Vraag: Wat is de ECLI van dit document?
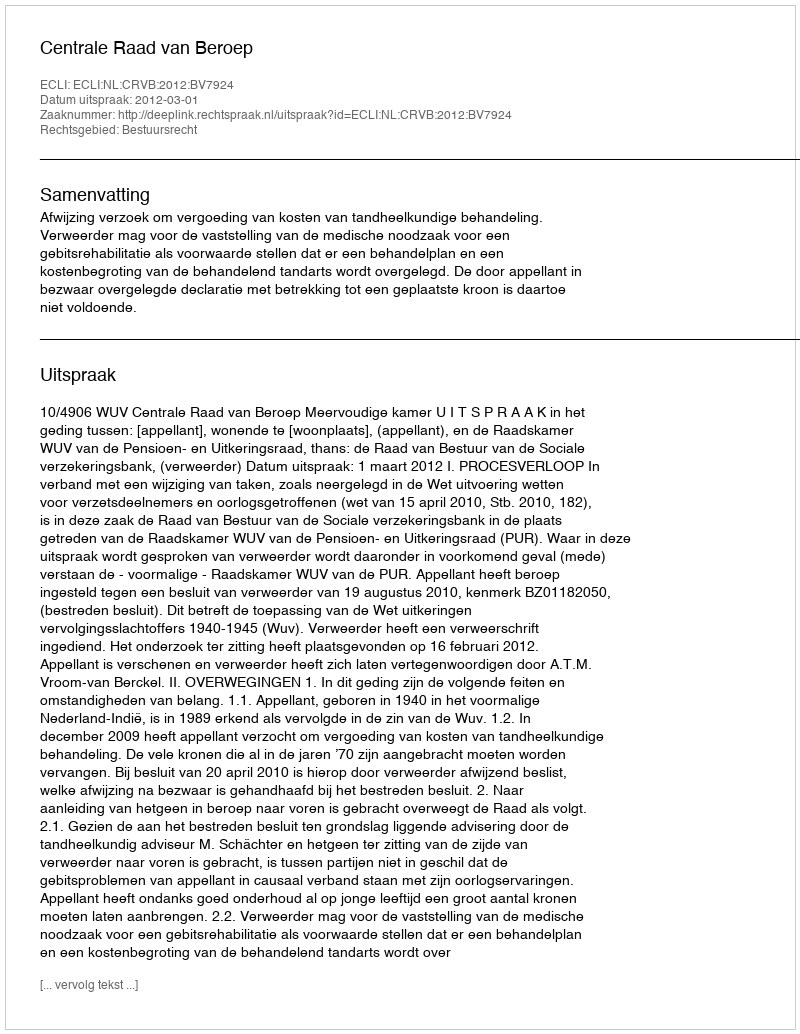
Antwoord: ECLI:NL:CRVB:2012:BV7924